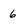
Character: 6